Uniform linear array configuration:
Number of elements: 32
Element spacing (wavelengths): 0.75
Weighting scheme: exponential
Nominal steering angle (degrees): -60
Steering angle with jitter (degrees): -61.774
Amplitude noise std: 0.05
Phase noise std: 0.05

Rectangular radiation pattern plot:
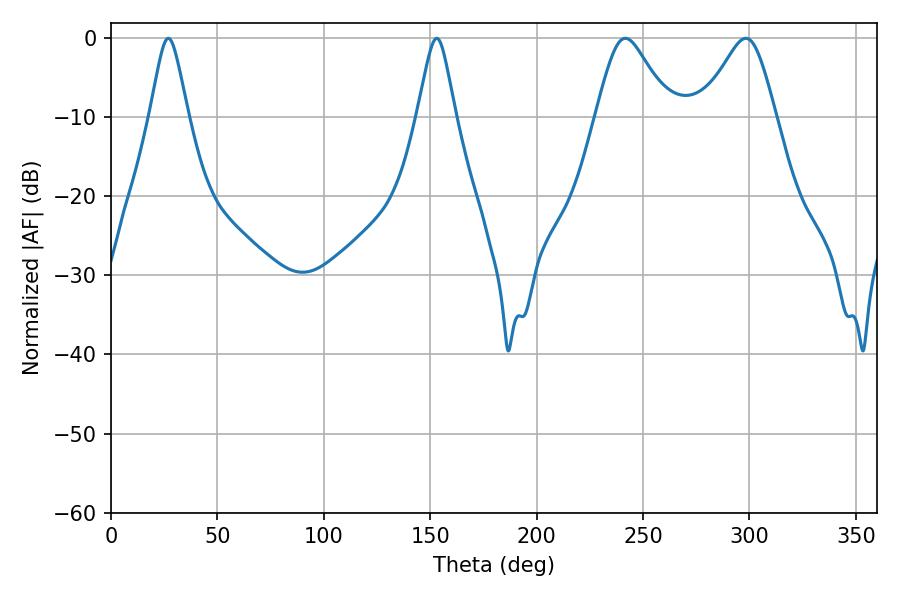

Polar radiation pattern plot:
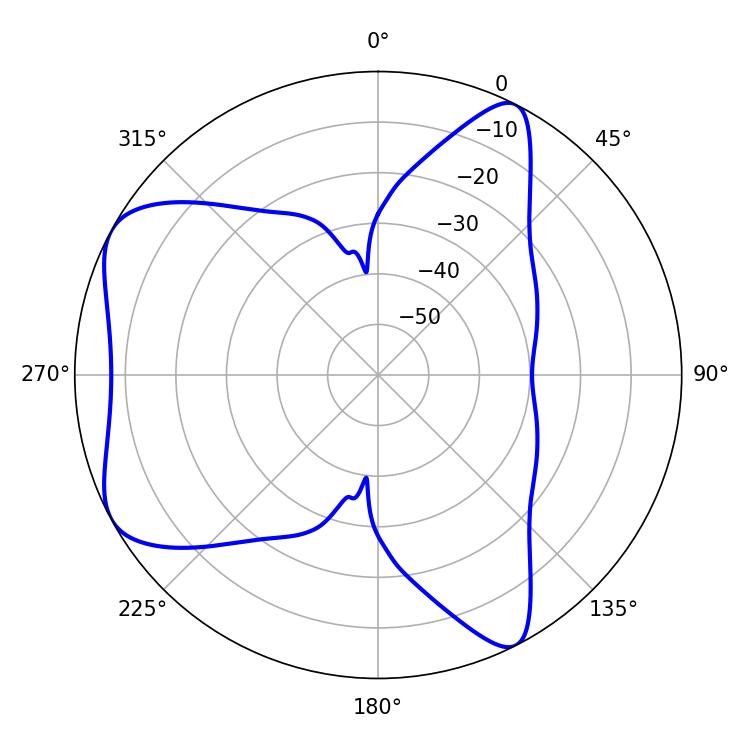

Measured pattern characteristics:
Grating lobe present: TRUE
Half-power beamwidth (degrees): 17.1
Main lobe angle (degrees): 241.74